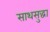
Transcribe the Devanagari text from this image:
साथसुद्धा